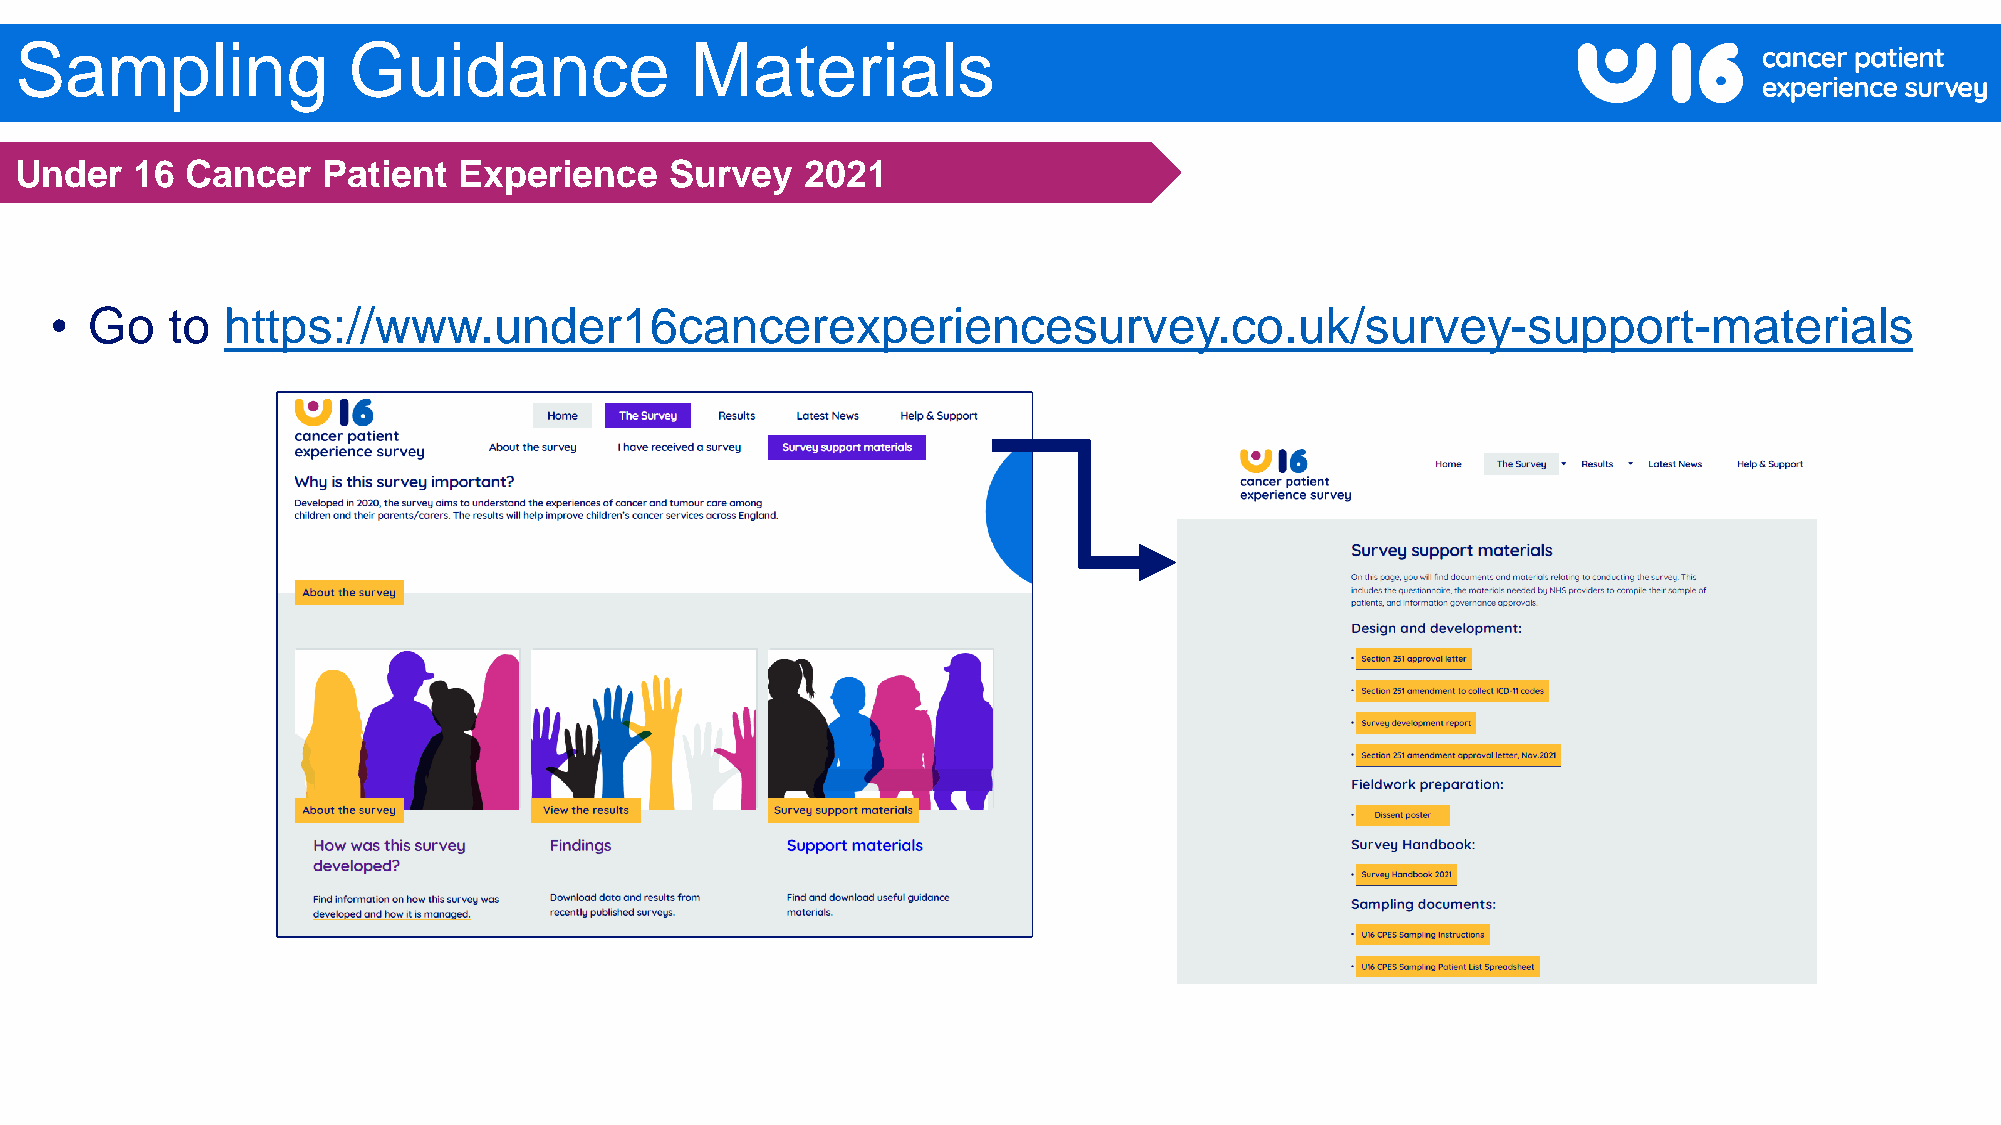
Sampling              Guidance               Materials
 Under   16 Cancer   Patient  Experience    Survey   2021
 •  Go   to  https://www.under16cancerexperiencesurvey.co.uk/survey-support-materials